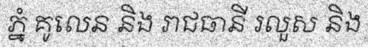
ភ្នំ គូលេន និង រាជធានី រលួស និង